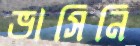
ভাসিনি